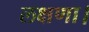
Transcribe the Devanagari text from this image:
लक्षणा।